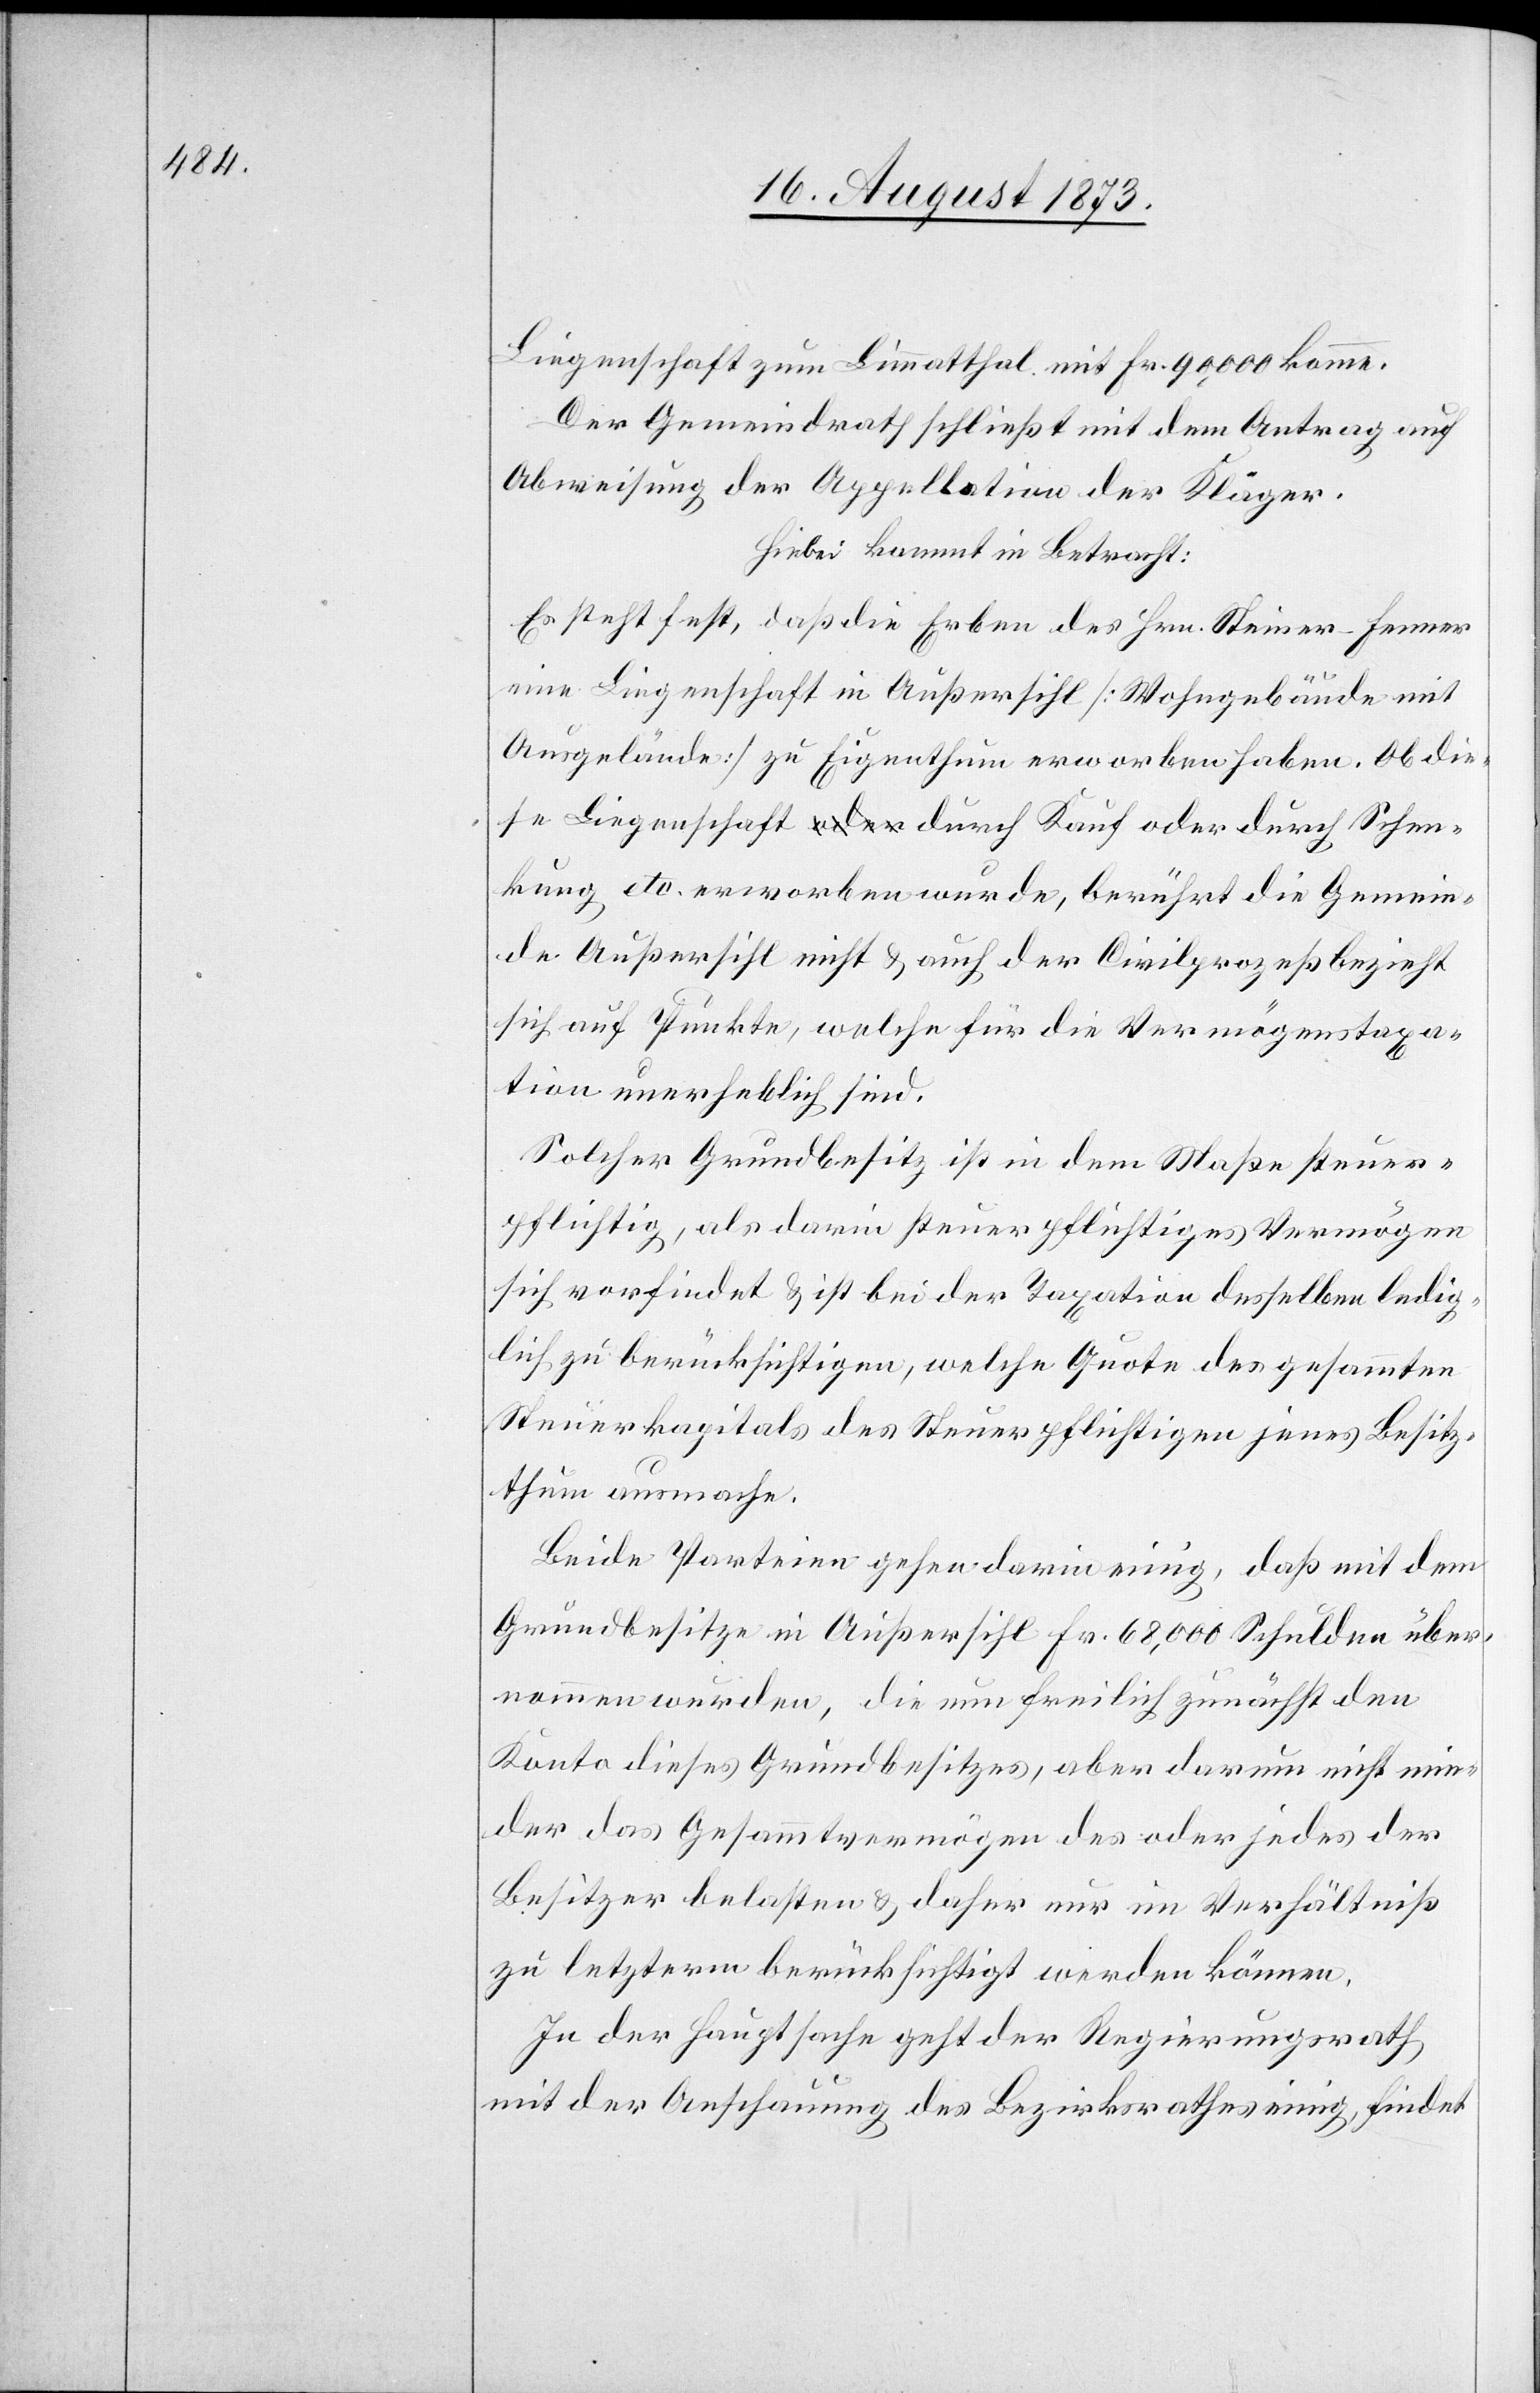
Liegenschaft zum Limmatthal mit Fr. 90,000 komme.
Der Gemeindrath schließt mit dem Antrag auf
Abweisung der Appellation der Kläger.
Hiebei kommt in Betracht:
Es steht fest, daß die Erben des Hrn. Steiner-Fenner
eine Liegenschaft in Außersihl [Wohngebäude mit
Ausgelände] zu Eigenthum erworben haben. Ob die¬
se Liegenschaft durch Kauf oder durch Schen¬
kung etc. erworben wurde, berührt die Gemein¬
de Außersihl nicht & auch der Civilprozeß bezieht
sich auf Punkte, welche für die Vermögenstaxa¬
tion unerheblich sind.
Solcher Grundbesitz ist in dem Maße steuer¬
pflichtig, als darin steuerpflichtiges Vermögen
sich vorfindet & ist bei der Taxation desselben ledig¬
lich zu berücksichtigen, welche Quote des gesammten
Steuerkapitals des Steuerpflichtigen jenes Besitz¬
thum ausmache.
Beide Parteien gehen darin einige, daß mit dem
Grundbesitze in Außersihl Fr. 68,000 Schulden über¬
nommen wurden, die nun freilich zunächst den
Konto dieses Grundbesitzers, aber darum nicht min¬
der das Gesammtvermögen des oder jedes der
Besitzer belasten & daher nur im Verhältniß
zu letzterm berücksichtigt werden können.
In der Hauptsache geht der Regierungsrath
mit der Anschauung des Bezirksrathes einig, findet